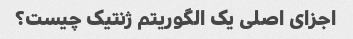
اجزای اصلی یک الگوریتم ژنتیک چیست؟